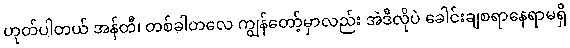
ဟုတ်ပါတယ် အန်တီ၊ တစ်ခါတလေ ကျွန်တော့်မှာလည်း အဲဒီလိုပဲ ခေါင်းချစရာနေရာမရှိ